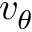
v _ { \theta }